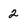
Character: 2